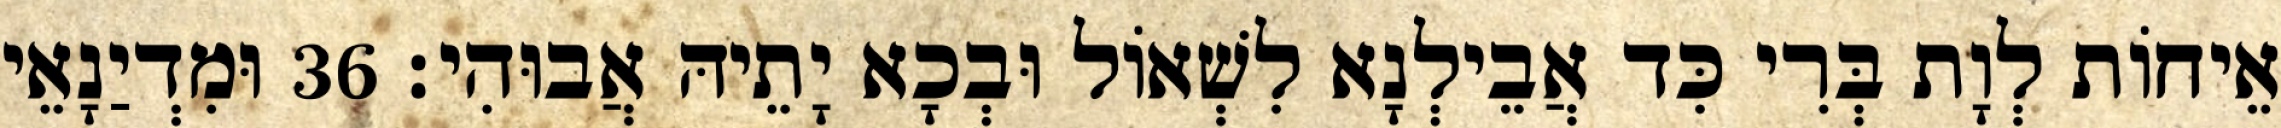
אֵיחוֹת לְוָת בְּרִי כִּד אֲבֵילְנָא לִשְׁאוֹל וּבְכָא יָתֵיהּ אֲבוּהִי׃ 36 וּמִדְיַנָאֵי